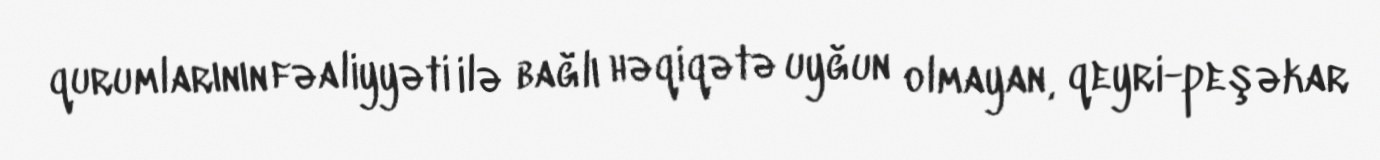
qurumlarının fəaliyyəti ilə bağlı həqiqətə uyğun olmayan, qeyri-peşəkar